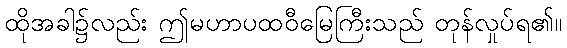
ထိုအခါ၌လည်း ဤမဟာပထဝီမြေကြီးသည် တုန်လှုပ်ရ၏။